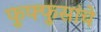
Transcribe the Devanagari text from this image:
फुफ्फुसांचे